Indian journal of veterinary science and animal husbandry - Volume 8,
Year: 1938
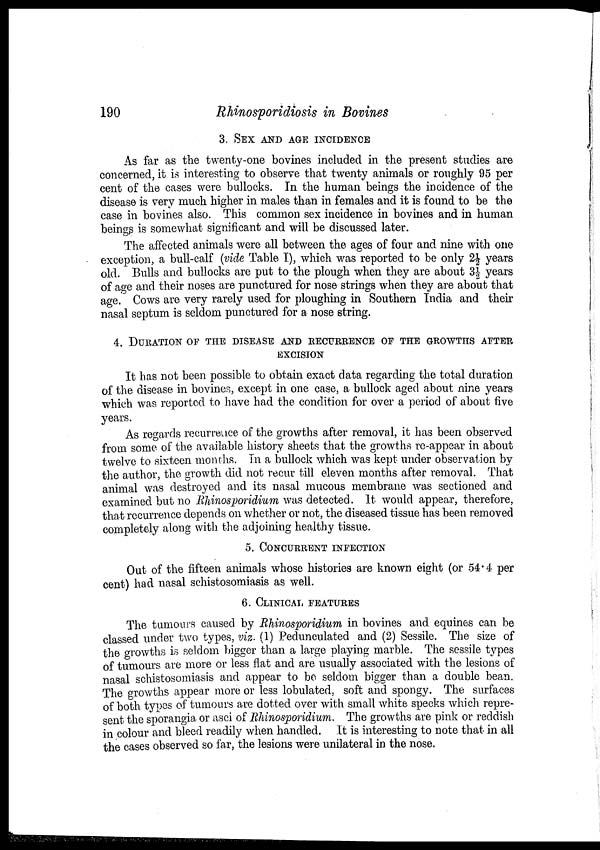
190
Rhinosporidiosis
in Bovines
3. SEX AND AGE INCIDENCE
As far as the twenty-one bovines included in the present studies are
concerned, it is interesting to observe that twenty animals or roughly 95 per
cent of the cases were bullocks. In the human beings the incidence of the
disease is very much higher in males than in females and it is found to be the
case in bovines also. This common sex incidence in bovines and in human
beings is somewhat significant and will be discussed later.
The affected animals were all between the ages of four and nine with one
exception, a bull-calf (vide Table I), which was reported to be only 2½ years
old. Bulls and bullocks are put to the plough when they are about 3½ years
of age and their noses are punctured for nose strings when they are about that
age. Cows are very rarely used for ploughing in Southern India and their
nasal septum is seldom punctured for a nose string.
4. DURATION OF THE DISEASE AND RECURRENCE OF THE GROWTHS AFTER
EXCISION
It has not been possible to obtain exact data regarding the total duration
of the disease in bovines, except in one case, a bullock aged about nine years
which was reported to have had the condition for over a period of about five
years.
As regards recurrence of the growths after removal, it has been observed
from some of the available history sheets that the growths re-appear in about
twelve to sixteen months. In a bullock which was kept under observation by
the author, the growth did not recur till eleven months after removal. That
animal was destroyed and its nasal mucous membrane was sectioned and
examined but no Rhinosporidium was detected. It would appear, therefore,
that recurrence depends on whether or not, the diseased tissue has been removed
completely along with the adjoining healthy tissue.
5. CONCURRENT INFECTION
Out of the fifteen animals whose histories are known eight (or 54.4 per
cent) had nasal schistosomiasis as well.
6. CLINICAL FEATURES
The tumours caused by Rhinosporidium in bovines and equines can be
classed under two types, viz. (1) Pedunculated and (2) Sessile. The size of
the growths is seldom bigger than a large playing marble. The sessile types
of tumours are more or less flat and are usually associated with the lesions of
nasal schistosomiasis and appear to be seldom bigger than a double bean.
The growths appear more or less lobulated, soft and spongy. The surfaces
of both types of tumours are dotted over with small white specks which repre-
sent the sporangia or asci of Rhinosporidium. The growths are pink or reddish
in colour and bleed readily when handled. It is interesting to note that in all
the cases observed so far, the lesions were unilateral in the nose.